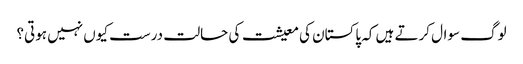
لوگ سوال کرتے ہیں کہ پاکستان کی معیشت کی حالت درست کیوں نہیں ہوتی؟